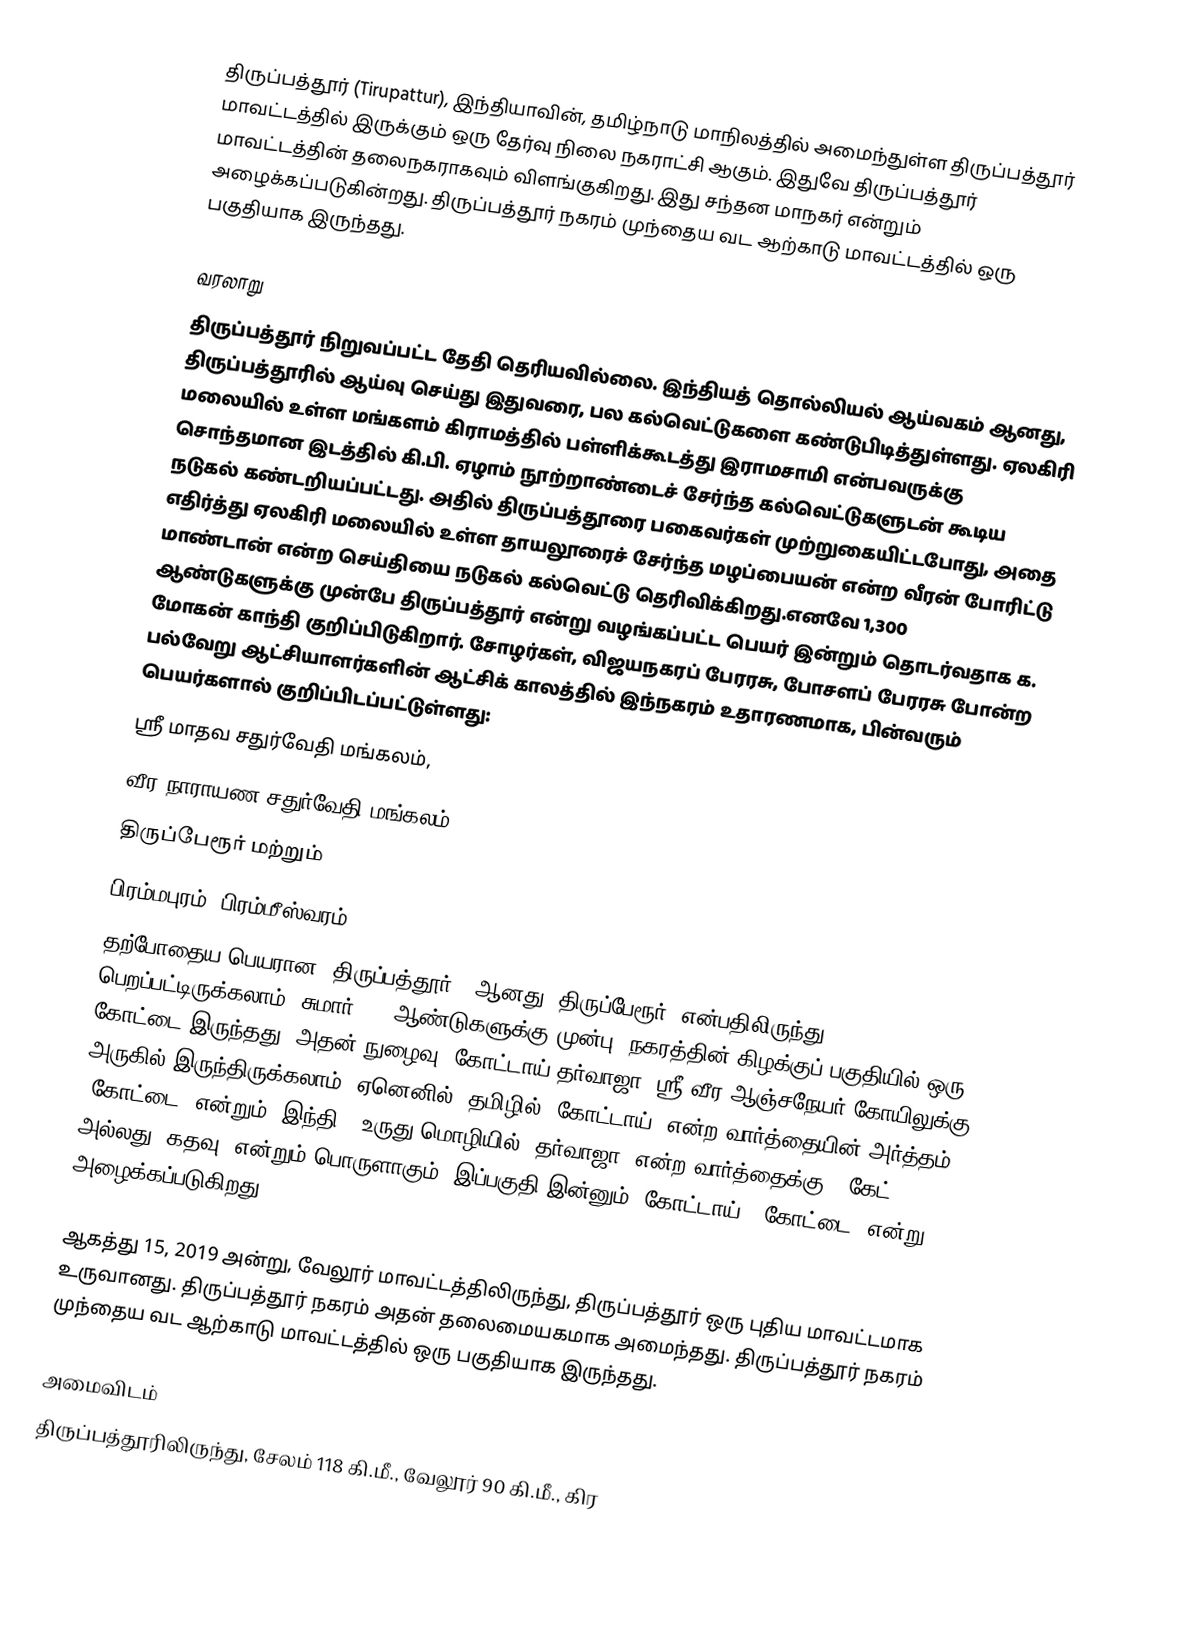
திருப்பத்தூர் (Tirupattur), இந்தியாவின், தமிழ்நாடு மாநிலத்தில் அமைந்துள்ள திருப்பத்தூர் மாவட்டத்தில் இருக்கும் ஒரு தேர்வு நிலை நகராட்சி ஆகும். இதுவே திருப்பத்தூர் மாவட்டத்தின் தலைநகராகவும் விளங்குகிறது. இது சந்தன மாநகர் என்றும் அழைக்கப்படுகின்றது. திருப்பத்தூர் நகரம் முந்தைய வட ஆற்காடு மாவட்டத்தில்  ஒரு பகுதியாக இருந்தது.

வரலாறு
திருப்பத்தூர் நிறுவப்பட்ட தேதி தெரியவில்லை. இந்தியத் தொல்லியல் ஆய்வகம் ஆனது, திருப்பத்தூரில் ஆய்வு செய்து இதுவரை, பல கல்வெட்டுகளை கண்டுபிடித்துள்ளது. ஏலகிரி மலையில் உள்ள மங்களம் கிராமத்தில் பள்ளிக்கூடத்து இராமசாமி என்பவருக்கு சொந்தமான இடத்தில் கி.பி. ஏழாம் நூற்றாண்டைச் சேர்ந்த கல்வெட்டுகளுடன் கூடிய நடுகல் கண்டறியப்பட்டது. அதில் திருப்பத்தூரை பகைவர்கள் முற்றுகையிட்டபோது, அதை எதிர்த்து ஏலகிரி மலையில் உள்ள தாயலூரைச் சேர்ந்த மழப்பையன் என்ற வீரன் போரிட்டு மாண்டான் என்ற செய்தியை நடுகல் கல்வெட்டு தெரிவிக்கிறது.எனவே 1,300 ஆண்டுகளுக்கு முன்பே திருப்பத்தூர் என்று வழங்கப்பட்ட பெயர் இன்றும் தொடர்வதாக க. மோகன் காந்தி குறிப்பிடுகிறார். சோழர்கள், விஜயநகரப் பேரரசு, போசளப் பேரரசு போன்ற பல்வேறு ஆட்சியாளர்களின் ஆட்சிக் காலத்தில் இந்நகரம் உதாரணமாக, பின்வரும் பெயர்களால் குறிப்பிடப்பட்டுள்ளது:
ஸ்ரீ மாதவ சதுர்வேதி மங்கலம்,
வீர நாராயண சதுர்வேதி மங்கலம்,
திருப்பேரூர் மற்றும்
பிரம்மபுரம் (பிரம்மீஸ்வரம்).
தற்போதைய பெயரான "திருப்பத்தூர்'" ஆனது "திருப்பேரூர்" என்பதிலிருந்து பெறப்பட்டிருக்கலாம். சுமார் 800 ஆண்டுகளுக்கு முன்பு, நகரத்தின் கிழக்குப் பகுதியில் ஒரு கோட்டை இருந்தது. அதன் நுழைவு, கோட்டாய் தர்வாஜா, ஸ்ரீ வீர ஆஞ்சநேயர் கோயிலுக்கு அருகில் இருந்திருக்கலாம், ஏனெனில், தமிழில் "கோட்டாய்" என்ற வார்த்தையின் அர்த்தம் "கோட்டை" என்றும், இந்தி / உருது மொழியில் "தர்வாஜா" என்ற வார்த்தைக்கு, "கேட்" அல்லது "கதவு" என்றும் பொருளாகும். இப்பகுதி இன்னும் "கோட்டாய்" (கோட்டை) என்று அழைக்கப்படுகிறது.

ஆகத்து 15, 2019 அன்று, வேலூர் மாவட்டத்திலிருந்து, திருப்பத்தூர் ஒரு புதிய மாவட்டமாக உருவானது. திருப்பத்தூர் நகரம் அதன் தலைமையகமாக அமைந்தது. திருப்பத்தூர் நகரம் முந்தைய வட ஆற்காடு மாவட்டத்தில் ஒரு பகுதியாக இருந்தது.

அமைவிடம்
திருப்பத்தூரிலிருந்து, சேலம் 118 கி.மீ., வேலூர் 90 கி.மீ., கிர